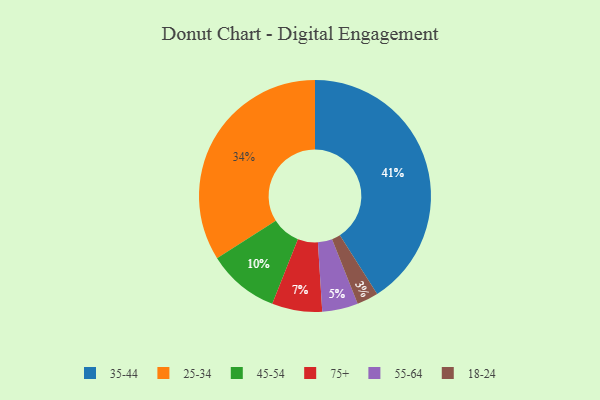
{"axis": {"x": "Category", "y": "Percentage"}, "legend": ["18-24", "25-34", "35-44", "45-54", "55-64", "75+"], "data": [{"x": "25-34", "y": 34, "type": "25-34"}, {"x": "55-64", "y": 5, "type": "55-64"}, {"x": "18-24", "y": 3, "type": "18-24"}, {"x": "45-54", "y": 10, "type": "45-54"}, {"x": "75+", "y": 7, "type": "75+"}, {"x": "35-44", "y": 41, "type": "35-44"}]}